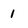
Character: 1